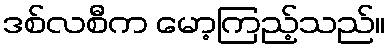
ဒစ်လစီက မော့ကြည့်သည်။